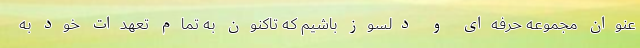
عنوان مجموعه حرفه‌ای و دلسوز باشیم که تاکنون به تمام تعهدات خود به